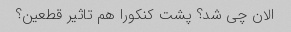
الان چی شد؟ پشت کنکورا هم تاثیر قطعین؟